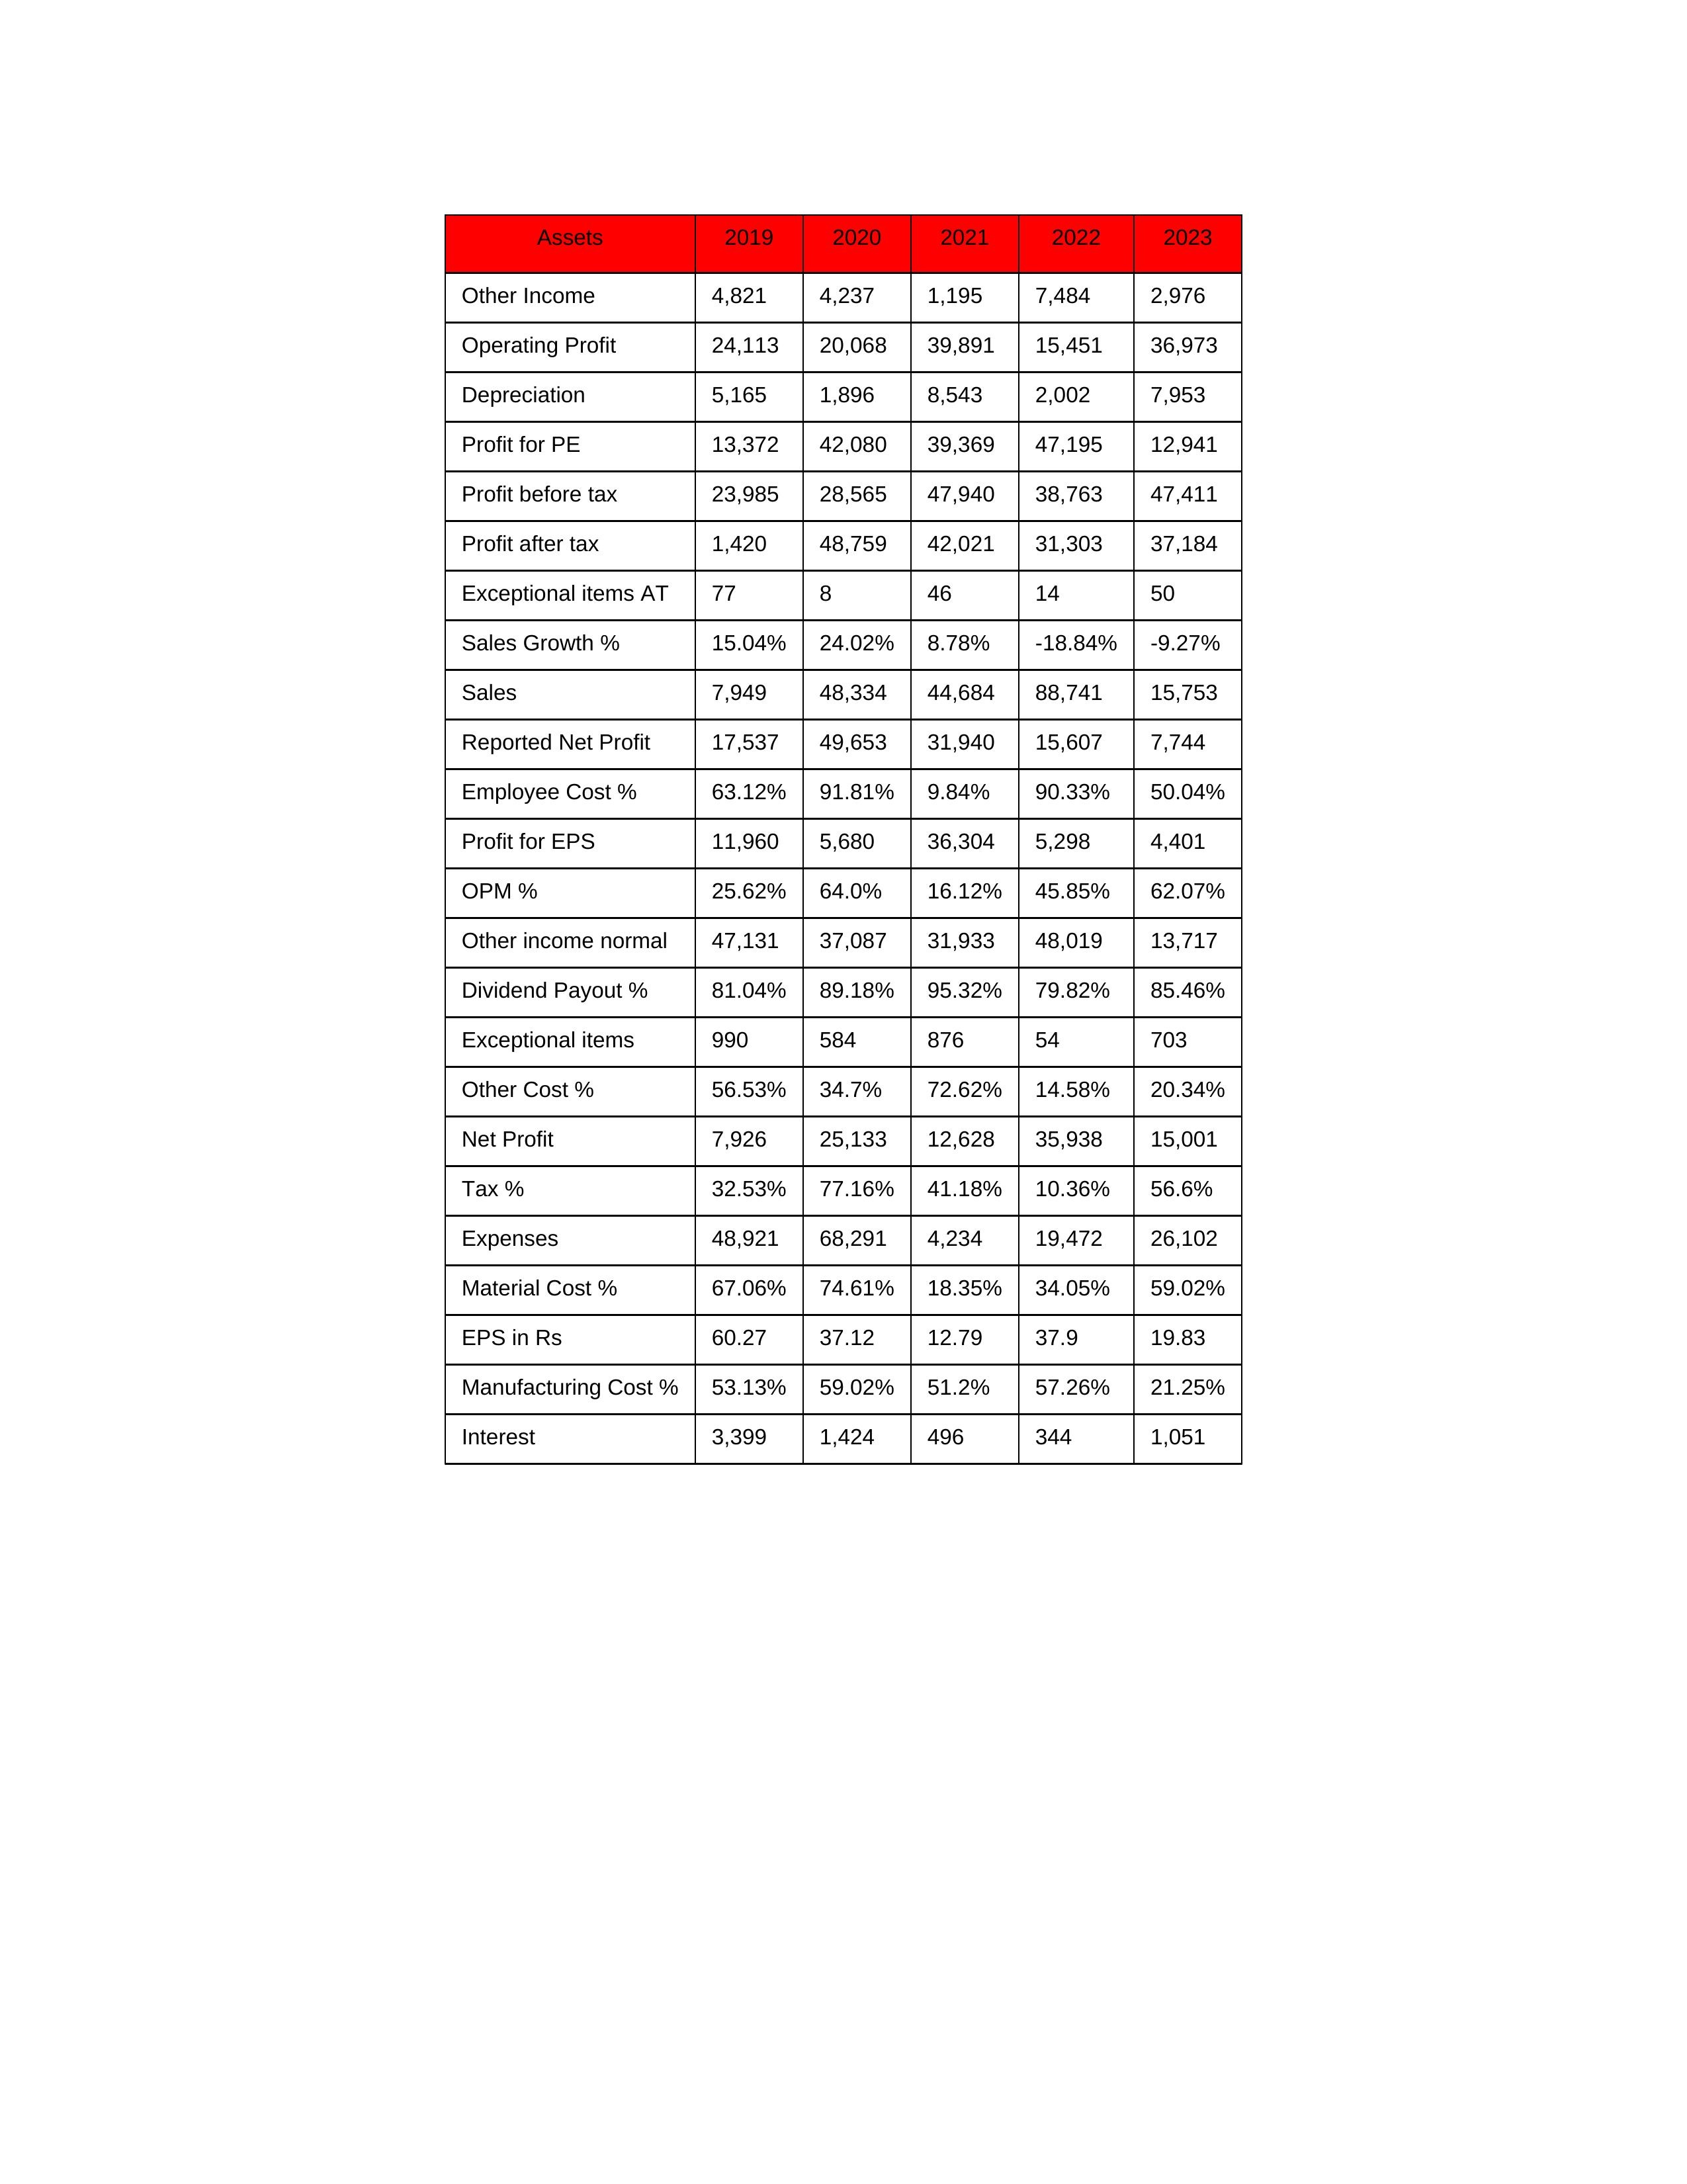
gt_parse: 2019: Sales: 7,949
Sales Growth %: 15.04%
Expenses: 48,921
Material Cost %: 67.06%
Manufacturing Cost %: 53.13%
Employee Cost %: 63.12%
Other Cost %: 56.53%
Operating Profit: 24,113
OPM %: 25.62%
Other Income: 4,821
Exceptional items: 990
Other income normal: 47,131
Interest: 3,399
Depreciation: 5,165
Profit before tax: 23,985
Tax %: 32.53%
Net Profit: 7,926
Profit after tax: 1,420
Reported Net Profit: 17,537
Profit for EPS: 11,960
Exceptional items AT: 77
Profit for PE: 13,372
EPS in Rs: 60.27
Dividend Payout %: 81.04%
2020: Sales: 48,334
Sales Growth %: 24.02%
Expenses: 68,291
Material Cost %: 74.61%
Manufacturing Cost %: 59.02%
Employee Cost %: 91.81%
Other Cost %: 34.7%
Operating Profit: 20,068
OPM %: 64.0%
Other Income: 4,237
Exceptional items: 584
Other income normal: 37,087
Interest: 1,424
Depreciation: 1,896
Profit before tax: 28,565
Tax %: 77.16%
Net Profit: 25,133
Profit after tax: 48,759
Reported Net Profit: 49,653
Profit for EPS: 5,680
Exceptional items AT: 8
Profit for PE: 42,080
EPS in Rs: 37.12
Dividend Payout %: 89.18%
2021: Sales: 44,684
Sales Growth %: 8.78%
Expenses: 4,234
Material Cost %: 18.35%
Manufacturing Cost %: 51.2%
Employee Cost %: 9.84%
Other Cost %: 72.62%
Operating Profit: 39,891
OPM %: 16.12%
Other Income: 1,195
Exceptional items: 876
Other income normal: 31,933
Interest: 496
Depreciation: 8,543
Profit before tax: 47,940
Tax %: 41.18%
Net Profit: 12,628
Profit after tax: 42,021
Reported Net Profit: 31,940
Profit for EPS: 36,304
Exceptional items AT: 46
Profit for PE: 39,369
EPS in Rs: 12.79
Dividend Payout %: 95.32%
2022: Sales: 88,741
Sales Growth %: -18.84%
Expenses: 19,472
Material Cost %: 34.05%
Manufacturing Cost %: 57.26%
Employee Cost %: 90.33%
Other Cost %: 14.58%
Operating Profit: 15,451
OPM %: 45.85%
Other Income: 7,484
Exceptional items: 54
Other income normal: 48,019
Interest: 344
Depreciation: 2,002
Profit before tax: 38,763
Tax %: 10.36%
Net Profit: 35,938
Profit after tax: 31,303
Reported Net Profit: 15,607
Profit for EPS: 5,298
Exceptional items AT: 14
Profit for PE: 47,195
EPS in Rs: 37.9
Dividend Payout %: 79.82%
2023: Sales: 15,753
Sales Growth %: -9.27%
Expenses: 26,102
Material Cost %: 59.02%
Manufacturing Cost %: 21.25%
Employee Cost %: 50.04%
Other Cost %: 20.34%
Operating Profit: 36,973
OPM %: 62.07%
Other Income: 2,976
Exceptional items: 703
Other income normal: 13,717
Interest: 1,051
Depreciation: 7,953
Profit before tax: 47,411
Tax %: 56.6%
Net Profit: 15,001
Profit after tax: 37,184
Reported Net Profit: 7,744
Profit for EPS: 4,401
Exceptional items AT: 50
Profit for PE: 12,941
EPS in Rs: 19.83
Dividend Payout %: 85.46%